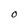
Character: O